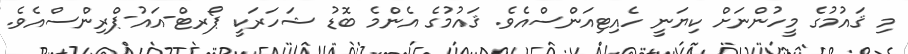
މި ޤައުމުގެ މީހުންނަށް ކިޔަނީ ހެއިޓިއަންސްއެވެ. ޤައުމުގެ އެންމެ ބޮޑު ޝަހަރަކީ ޕޯރޓް-އައު-ޕްރިންސްއެވެ.